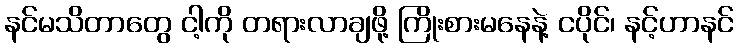
နင်မသိတာတွေ ငါ့ကို တရားလာချဖို့ ကြိုးစားမနေနဲ့ ငပိုင်၊ နင့်ဟာနင်